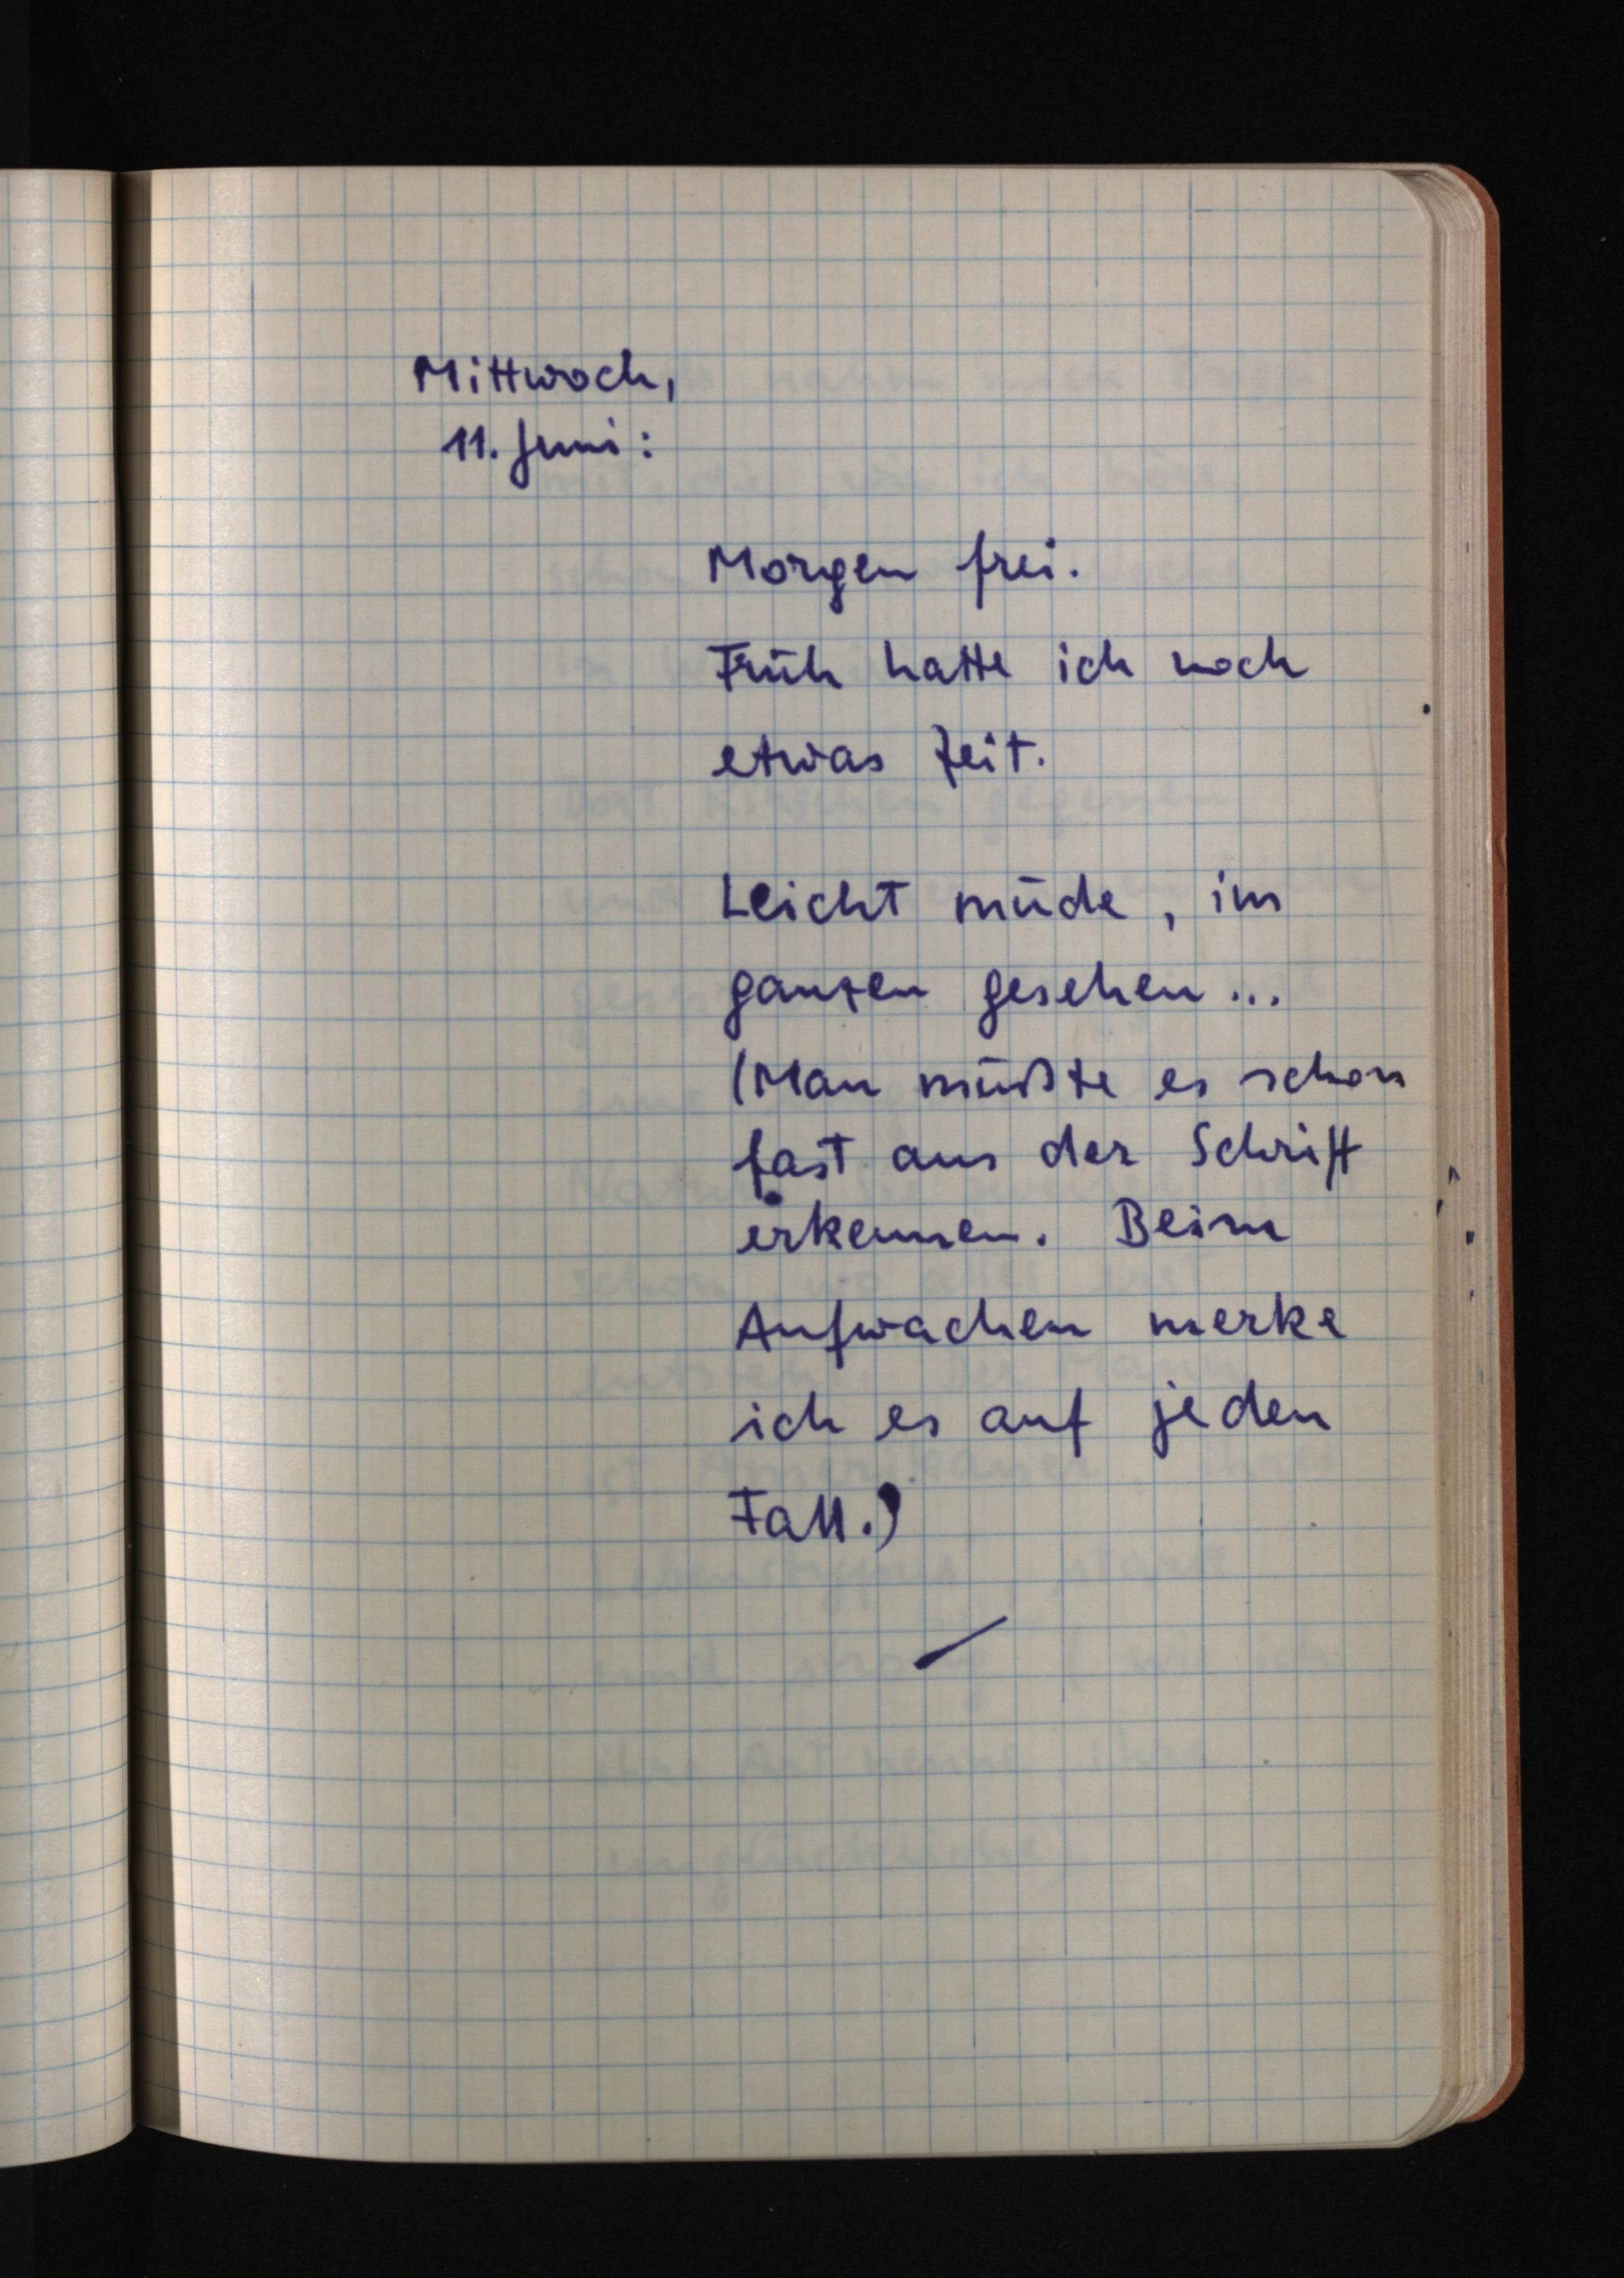
Mittwoch,
11. Juni:
Morgen frei.
Früh hatte ich noch
etwas Zeit.
Leicht müde, im
ganzen gesehen ...
(Man müßte es schon
fast aus der Schrift
erkennen. Beim
Aufwachen merke
ich es auf jeden
Fall.)